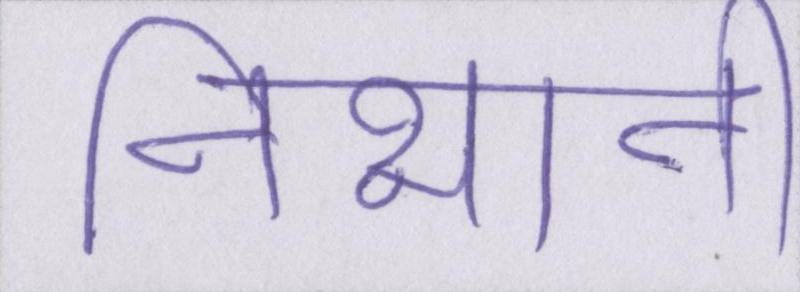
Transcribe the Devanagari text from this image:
निभानी